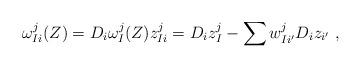
LaTeX: \begin{align*} \omega^j_{Ii}(Z)=D_i\omega^j_I(Z)z^j_{Ii}=D_iz^j_I-\sum w^j_{Ii'}D_iz_{i'}\ ,\end{align*}